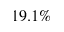
1 9 . 1 \%